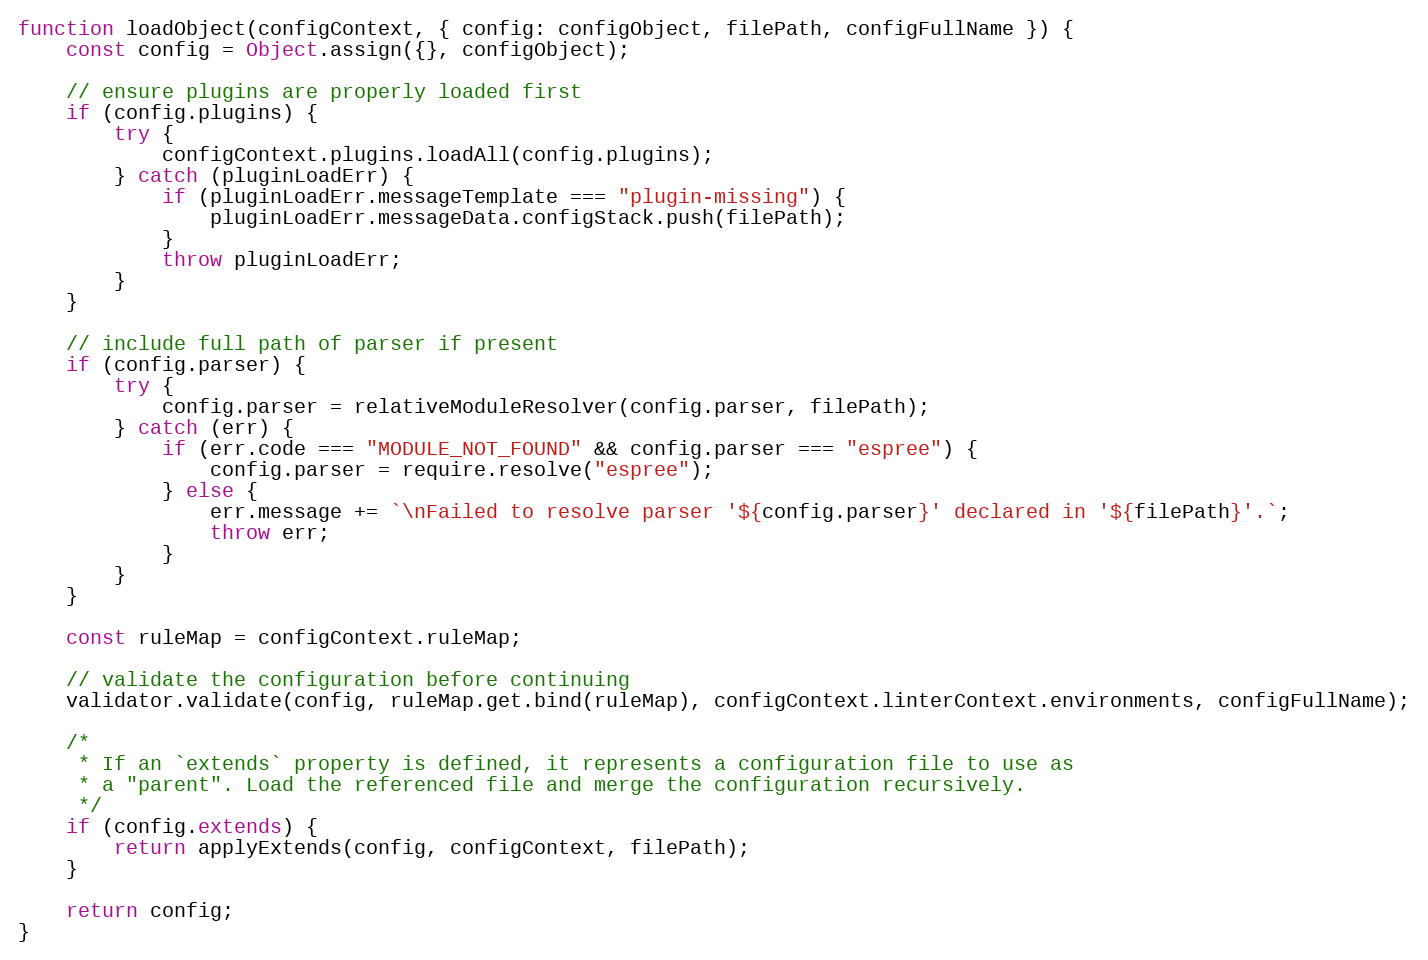
Language: JavaScript
function loadObject(configContext, { config: configObject, filePath, configFullName }) {
    const config = Object.assign({}, configObject);

    // ensure plugins are properly loaded first
    if (config.plugins) {
        try {
            configContext.plugins.loadAll(config.plugins);
        } catch (pluginLoadErr) {
            if (pluginLoadErr.messageTemplate === "plugin-missing") {
                pluginLoadErr.messageData.configStack.push(filePath);
            }
            throw pluginLoadErr;
        }
    }

    // include full path of parser if present
    if (config.parser) {
        try {
            config.parser = relativeModuleResolver(config.parser, filePath);
        } catch (err) {
            if (err.code === "MODULE_NOT_FOUND" && config.parser === "espree") {
                config.parser = require.resolve("espree");
            } else {
                err.message += `\nFailed to resolve parser '${config.parser}' declared in '${filePath}'.`;
                throw err;
            }
        }
    }

    const ruleMap = configContext.ruleMap;

    // validate the configuration before continuing
    validator.validate(config, ruleMap.get.bind(ruleMap), configContext.linterContext.environments, configFullName);

    /*
     * If an `extends` property is defined, it represents a configuration file to use as
     * a "parent". Load the referenced file and merge the configuration recursively.
     */
    if (config.extends) {
        return applyExtends(config, configContext, filePath);
    }

    return config;
}